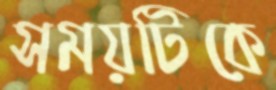
সময়টিকে